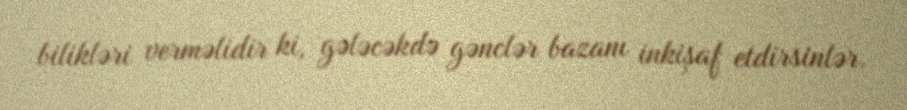
bilikləri verməlidir ki, gələcəkdə gənclər bazanı inkişaf etdirsinlər.